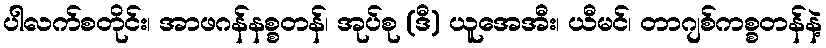
ပါလက်စတိုင်း၊ အာဖဂန်နစ္စတန်၊ အုပ်စု (ဒီ) ယူအေအီး၊ ယီမင်၊ တာဂျစ်ကစ္စတန်နဲ့